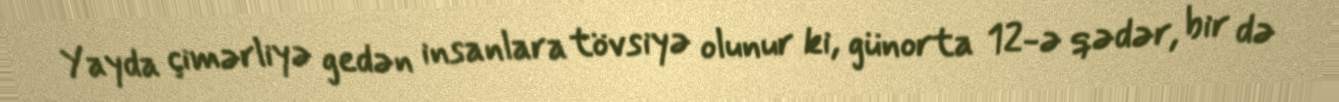
Yayda çimərliyə gedən insanlara tövsiyə olunur ki, günorta 12-ə qədər, bir də